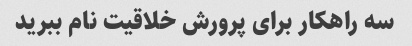
سه راهکار برای پرورش خلاقیت نام ببرید